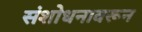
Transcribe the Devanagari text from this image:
संशोधनावरून